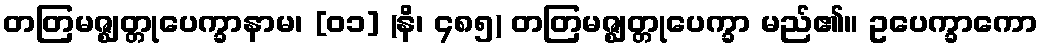
တတြမဇ္ဈတ္တုပေက္ခာနာမ၊ [၀၁] (နိ၊ ၄၈၅) တတြမဇ္ဈတ္တုပေက္ခာ မည်၏။ ဥပေက္ခာကော